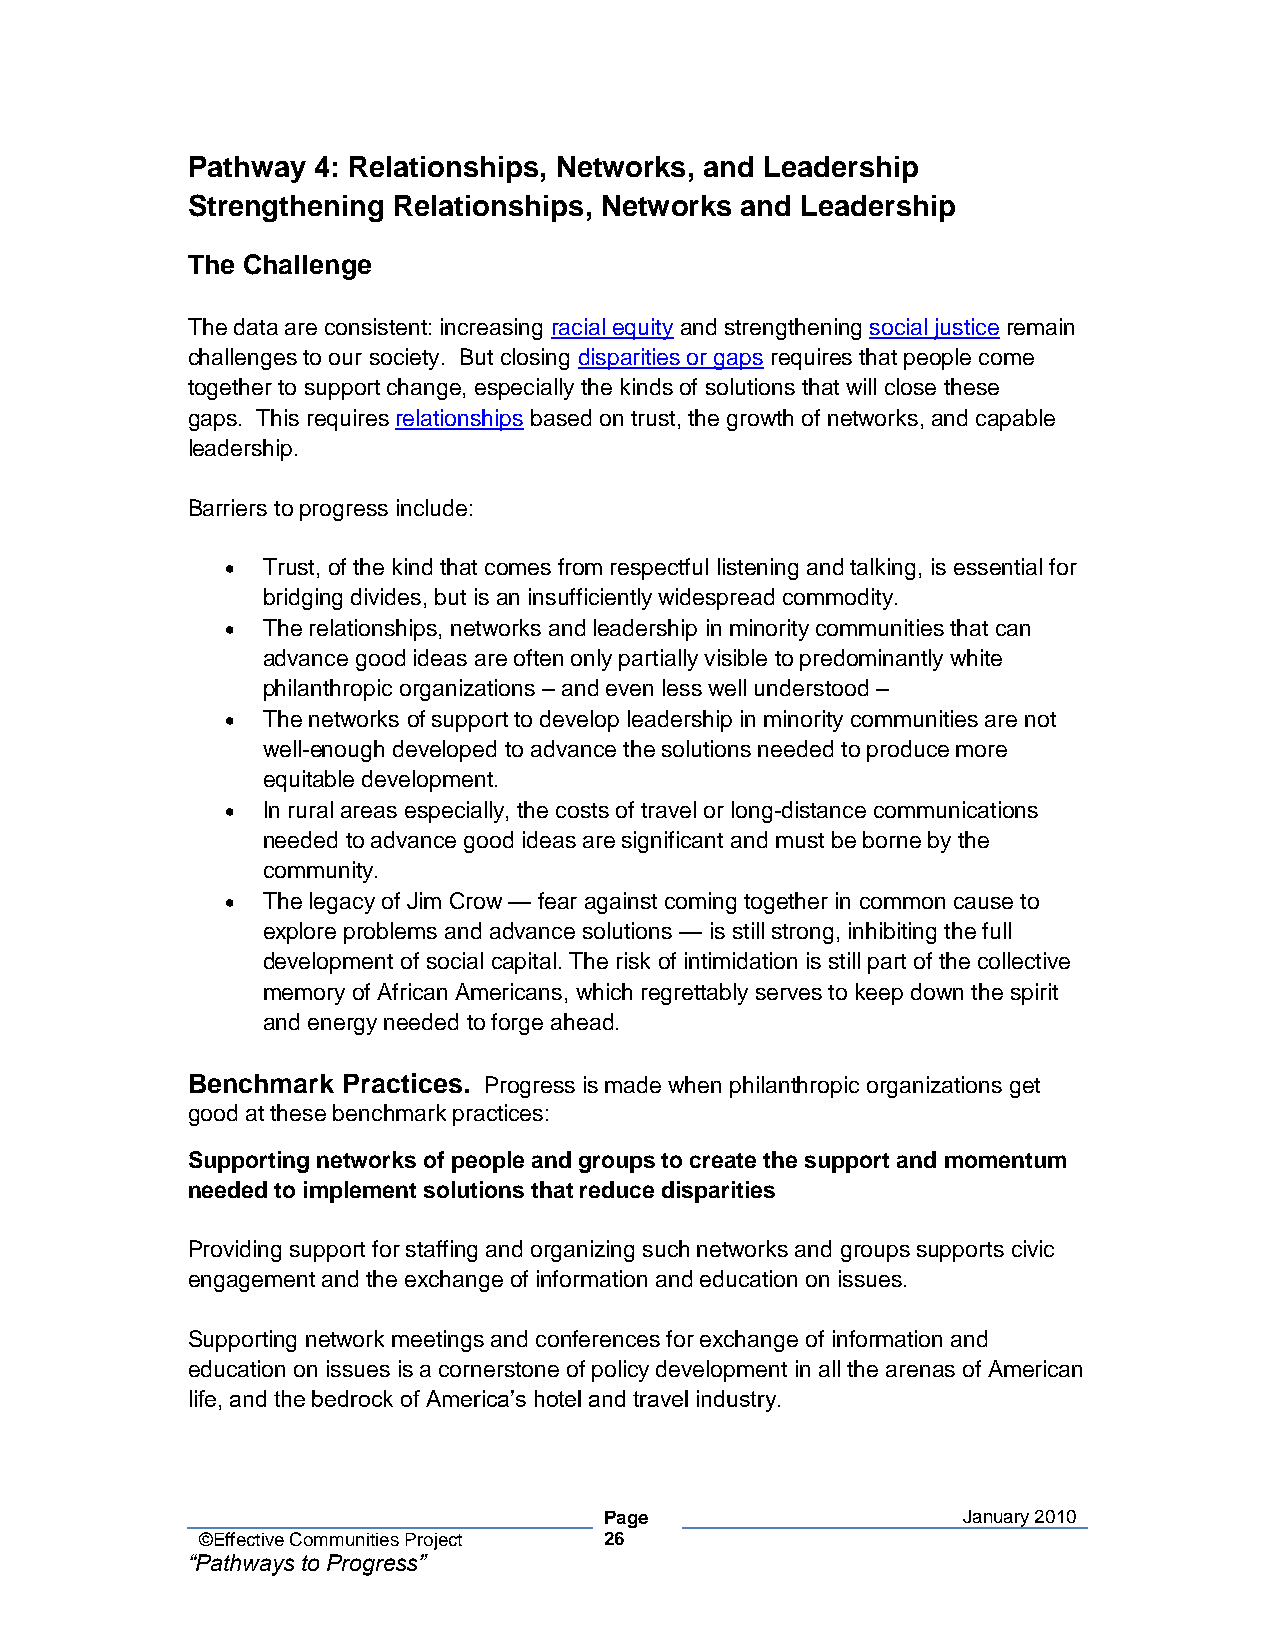
Pathway  4: Relationships, Networks, and Leadership
 Strengthening Relationships, Networks and Leadership
 The Challenge
 The data are consistent: increasing racial equity and strengthening social justice remain
 challenges to our society. But closing disparities or gaps requires that people come
 together to support change, especially the kinds of solutions that will close these
 gaps. This requires relationships based on trust, the growth of networks, and capable
 leadership.
 Barriers to progress include:
 • Trust, of the kind that comes from respectful listening and talking, is essential for
 bridging divides, but is an insufficiently widespread commodity.
 • The relationships, networks and leadership in minority communities that can
 advance good ideas are often only partially visible to predominantly white
 philanthropic organizations – and even less well understood –
 • The networks of support to develop leadership in minority communities are not
 well-enough developed to advance the solutions needed to produce more
 equitable development.
 • In rural areas especially, the costs of travel or long-distance communications
 needed to advance good ideas are significant and must be borne by the
 community.
 • The legacy of Jim Crow — fear against coming together in common cause to
 explore problems and advance solutions — is still strong, inhibiting the full
 development of social capital. The risk of intimidation is still part of the collective
 memory of African Americans, which regrettably serves to keep down the spirit
 and energy needed to forge ahead.
 Benchmark  Practices. Progress is made when philanthropic organizations get
 good at these benchmark practices:
 Supporting networks of people and groups to create the support and momentum
 needed to implement solutions that reduce disparities
 Providing support for staffing and organizing such networks and groups supports civic
 engagement and the exchange of information and education on issues.
 Supporting network meetings and conferences for exchange of information and
 education on issues is a cornerstone of policy development in all the arenas of American
 life, and the bedrock of America’s hotel and travel industry.
 Page                    January 2010
 ©Effective Communities Project 26
 “Pathways to Progress”